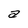
Character: a